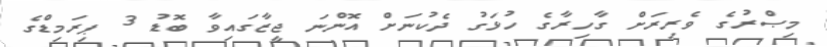
މިޞްރުގެ ވެރިރަށް ގާހިރާގެ ހުޅަގު ދެކުނަށް އޮންނަ ޖީޒާގައިވާ ބޮޑު 3 ޕިރަމިޑްގެ